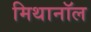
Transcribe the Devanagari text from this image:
मिथानॉल